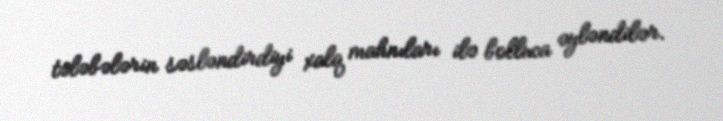
tələbələrin səsləndirdiyi xalq mahnıları ilə bolluca əyləndilər.